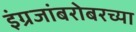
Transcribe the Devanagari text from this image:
इंग्रजांबरोबरच्या